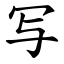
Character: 写